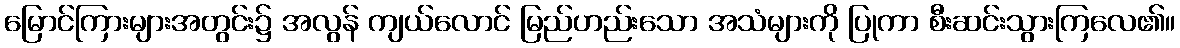
မြောင်ကြားများအတွင်း၌ အလွန် ကျယ်လောင် မြည်ဟည်းသော အသံများကို ပြုကာ စီးဆင်းသွားကြလေ၏။